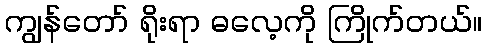
ကျွန်တော် ရိုးရာ ဓလေ့ကို ကြိုက်တယ်။